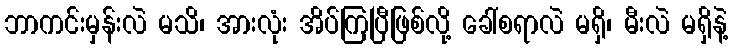
ဘာကင်းမှန်းလဲ မသိ၊ အားလုံး အိပ်ကြပြီဖြစ်လို့ ခေါ်စရာလဲ မရှိ၊ မီးလဲ မရှိနဲ့